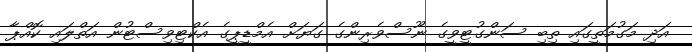
އަދި މަގުމަތީގައި ތިބި ސަންގުޓީވީގެ ނޫސްވެރިންގެ ގަޔަށް އެމްޑީޕީގެ އެކްޓިވިސްޓުން އަތްލައި ކޮއްޕާ